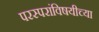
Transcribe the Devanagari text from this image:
परस्परांविषयीच्या